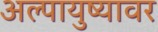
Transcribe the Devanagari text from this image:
अल्पायुष्यावर